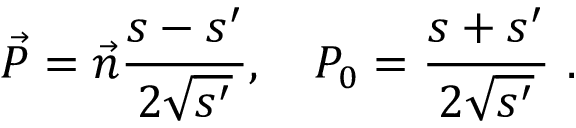
\vec { \cal P } = \vec { n } \frac { s - s ^ { \prime } } { 2 \sqrt { s ^ { \prime } } } , \quad { \cal P } _ { 0 } = \frac { s + s ^ { \prime } } { 2 \sqrt { s ^ { \prime } } } \ .